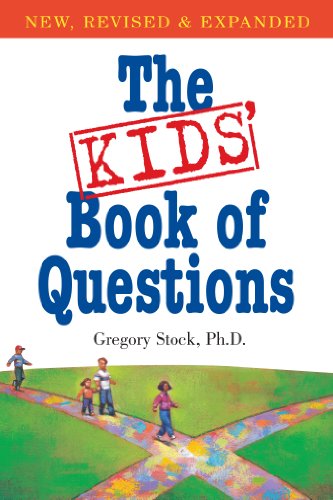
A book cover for The Kids' Book of Questions: Revised for the New Century; Gregory Stock Ph.D.; Children's Books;